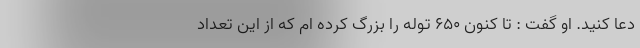
دعا کنید. او گفت : تا کنون ۶۵۰ توله را بزرگ کرده ام که از این تعداد